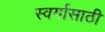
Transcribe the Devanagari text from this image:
स्वर्गासाठी